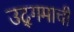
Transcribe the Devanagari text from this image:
उद्‌गमाची